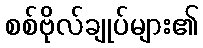
စစ်ဗိုလ်ချုပ်များ၏